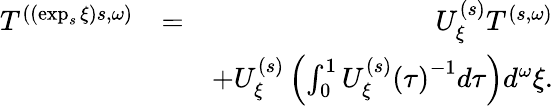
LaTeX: \begin{array}{rlr}{T^{\left(\left(\exp_{s}\xi\right)s,\omega\right)}}&{=}&{U_{\xi}^{\left(s\right)}T^{\left(s,\omega\right)}}\\ &{}&{+U_{\xi}^{\left(s\right)}\left(\int_{0}^{1}U_{\xi}^{\left(s\right)}\left(\tau\right)^{-1}d\tau\right)d^{\omega}\xi.}\end{array}